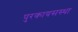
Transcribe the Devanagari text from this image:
पुरकायसस्था